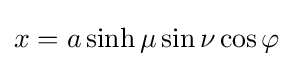
x=a\sinh \mu \sin \nu \cos \varphi